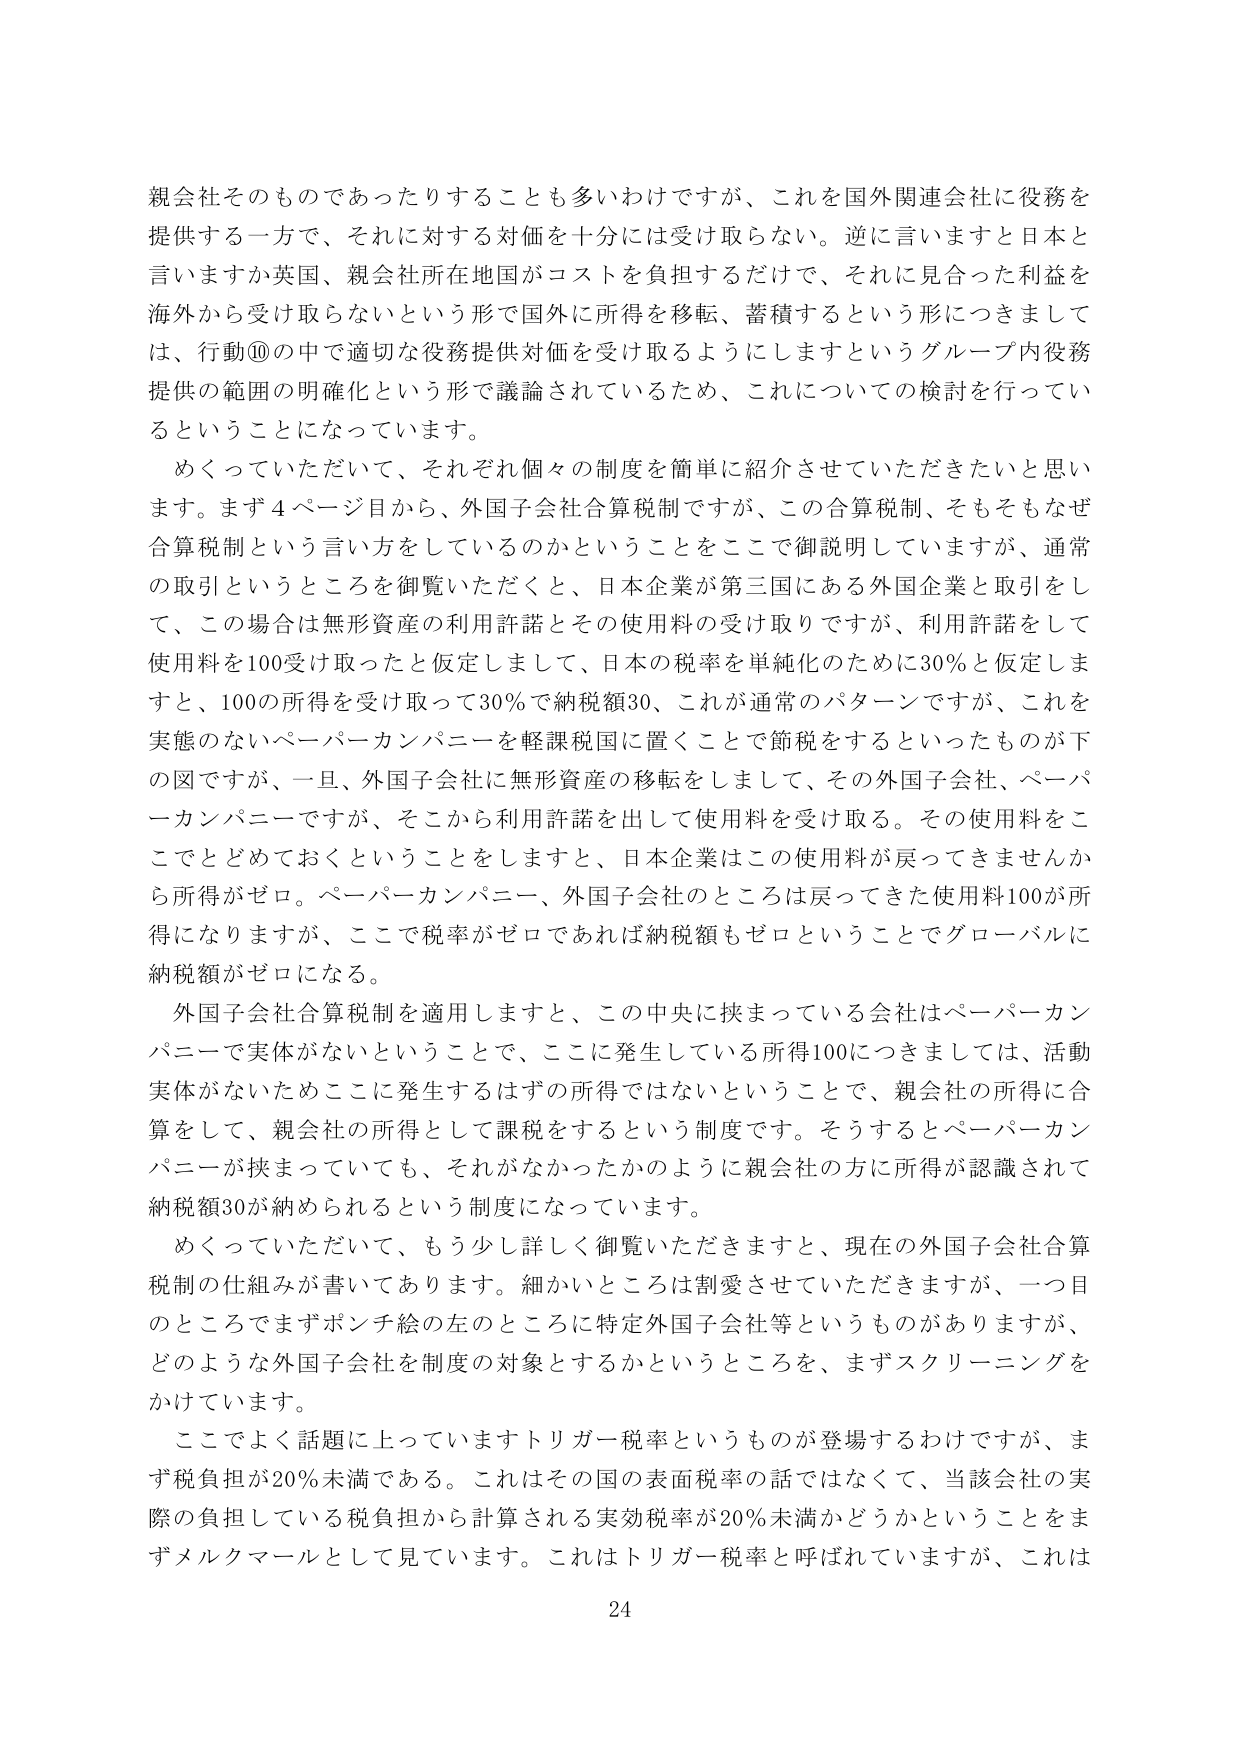
親会社そのものであったりすることも多いわけですが、これを国外関連会社に役務を提供する一方で、それに対する対価を十分には受け取らない。逆に言いますと日本と言いますか英国、親会社所在地国がコストを負担するだけで、それに見合った利益を海外から受け取らないという形で国外に所得を移転、蓄積するという形につきましては、行動⑩の中で適切な役務提供対価を受け取るようにしますというグループ内役務提供の範囲の明確化という形で議論されているため、これについての検討を行っているということになっています。

めくっていただいて、それぞれ個々の制度を簡単に紹介させていただきたいと思います。まず４ページ目から、外国子会社合算税制ですが、この合算税制、そもそもなぜ合算税制という言い方をしているのかということをここで御説明していますが、通常の取引というところを御覧いただくと、日本企業が第三国にある外国企業と取引をして、この場合は無形資産の利用許諾とその使用料の受け取りですが、利用許諾をして使用料を100受け取ったと仮定しまして、日本の税率を単純化のために30％と仮定しますと、100の所得を受け取って30％で納税額30、これが通常のパターンですが、これを実態のないペーパーカンパニーを軽課税国に置くことで節税をするといったものが下の図ですが、一旦、外国子会社に無形資産の移転をしまして、その外国子会社、ペーパーカンパニーですが、そこから利用許諾を出して使用料を受け取る。その使用料をここでとどめておくということをしますと、日本企業はこの使用料が戻ってきませんから所得がゼロ。ペーパーカンパニー、外国子会社のところは戻ってきた使用料100が所得になりますが、ここで税率がゼロであれば納税額もゼロということでグローバルに納税額がゼロになる。

外国子会社合算税制を適用しますと、この中央に挟まっている会社はペーパーカンパニーで実体がないということで、ここに発生している所得100につきましては、活動実体がないためここに発生するはずの所得ではないということで、親会社の所得に合算をして、親会社の所得として課税をするという制度です。そうするとペーパーカンパニーが挟まっていても、それがなかったかのように親会社の方に所得が認識されて納税額30が納められるという制度になっています。

めくっていただいて、もう少し詳しく御覧いただきますと、現在の外国子会社合算税制の仕組みが書いてあります。細かいところは割愛させていただきますが、一目目のところですまずポンチ絵の左のところに特定外国子会社等というものがありますが、どのような外国子会社を制度の対象とするかというところを、まずスクリーニングをかけています。

ここでよく話題に上がっていますトリガー税率というものが登場するわけですが、まず税負担が20％未満である。これはその国の表面税率の話ではなくて、当該会社の実際の負担している税負担から計算される実効税率が20％未満かどうかということをまずメルクマールとして見ています。これはトリガー税率と呼ばれていますが、これは

24